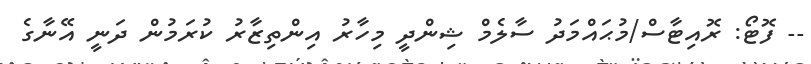
-- ފޮޓޯ: ރޮއިޓާސް/މުޙައްމަދު ސާލެމް ޝިންދީ މިހާރު އިންތިޒާރު ކުރަމުން ދަނީ އޭނާގެ